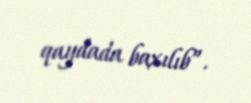
qaydada baxılıb”.